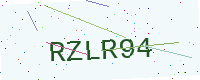
Text: RZLR94